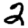
Digit: 2